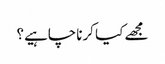
مجھے کیا کرناچاہیے؟